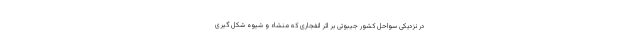
در نزدیکی سواحل کشور جیبوتی بر اثر انفجاری که منشاء و شیوه شکل گیری